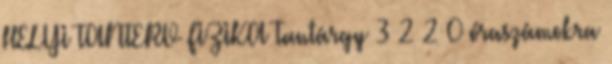
HELYI TANTERV FIZIKA Tantárgy 3 2 2 0 óraszámokra